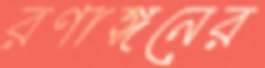
রণাঙ্গনের